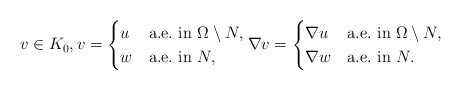
\begin{align*}v\in K_0,v= \begin{cases} u&\mbox{a.e.~in }\Omega\setminus N,\\ w&\mbox{a.e.~in }N, \end{cases}\nabla v=\begin{cases} \nabla u&\mbox{a.e.~in }\Omega\setminus N,\\\nabla w&\mbox{a.e.~in }N. \end{cases}\end{align*}